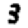
Digit: 3